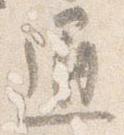
通